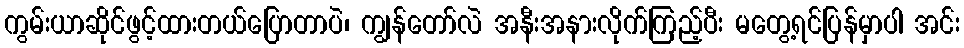
ကွမ်းယာဆိုင်ဖွင့်ထားတယ်ပြောတာပဲ၊ ကျွန်တော်လဲ အနီးအနားလိုက်ကြည့်ပီး မတွေ့ရင်ပြန်မှာပါ အင်း